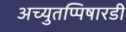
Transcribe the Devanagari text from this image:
अच्युतप्पिषारडी